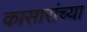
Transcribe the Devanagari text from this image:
कासारांच्या